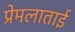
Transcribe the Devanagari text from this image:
प्रेमलाताई